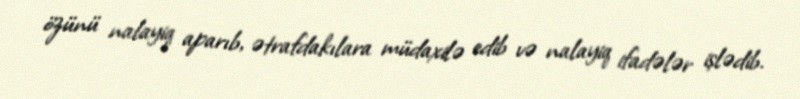
özünü nalayiq aparıb, ətrafdakılara müdaxilə edib və nalayiq ifadələr işlədib.